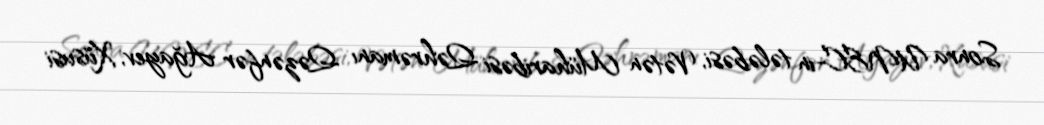
Sonra UNEC-in tələbəsi, Vətən Müharibəsi Qəhrəmanı Qəzənfər Ağayev, Xüsusi